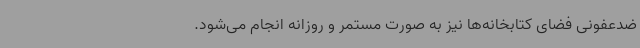
ضدعفونی فضای کتابخانه‌ها نیز به صورت مستمر و روزانه انجام می‌شود.